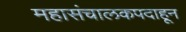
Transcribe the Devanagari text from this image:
महासंचालकपदाहून